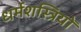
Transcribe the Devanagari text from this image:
धर्मशस्त्रियों